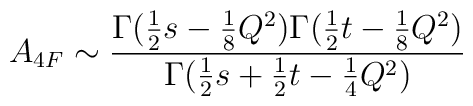
A_{4F}\sim \frac{\Gamma (\frac{1}{2}s-\frac{1}{8}Q^2)\Gamma (\frac{1}{2}t-\frac{1}{8}Q^2)}{\Gamma (\frac{1}{2}s+\frac{1}{2}t-\frac{1}{4}Q^2)}